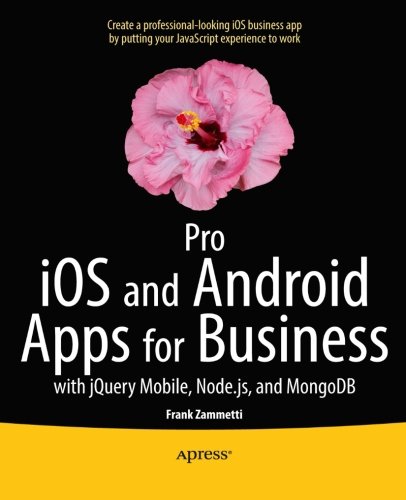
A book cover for Pro iOS and Android Apps for Business: with jQuery Mobile, node.js, and MongoDB; Frank Zammetti; Computers & Technology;